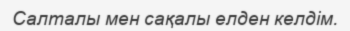
Салталы мен сақалы елден келдім.